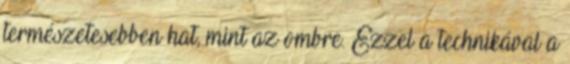
természetesebben hat, mint az ombre. Ezzel a technikával a